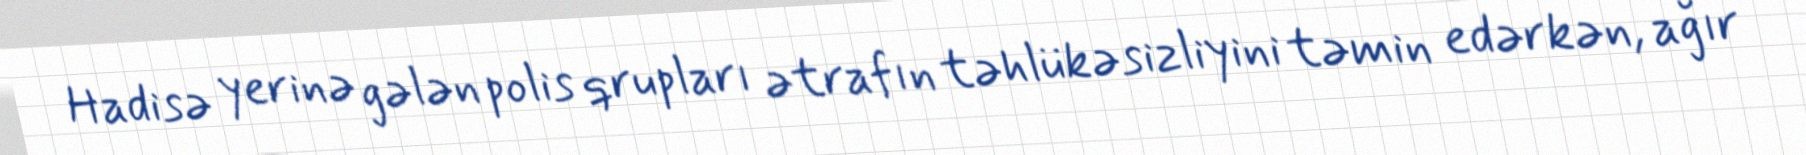
Hadisə yerinə gələn polis qrupları ətrafın təhlükəsizliyini təmin edərkən, ağır